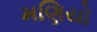
મણિયો